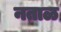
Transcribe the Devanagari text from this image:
नताळ